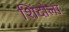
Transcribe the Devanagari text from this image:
शिंदोला